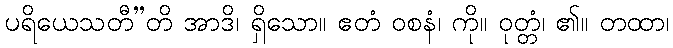
ပရိယေသတီ”တိ အာဒိ၊ ရှိသော။ ဧတံ ဝစနံ၊ ကို။ ဝုတ္တံ၊ ၏။ တထာ၊